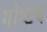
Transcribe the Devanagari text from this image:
गोष्टय